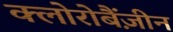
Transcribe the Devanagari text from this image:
क्लोरोबैंज़ीन